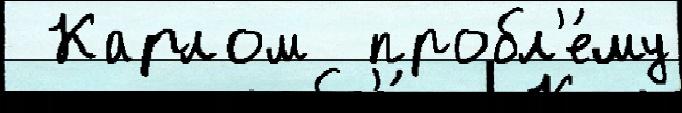
 Карлом  пробл'е́му